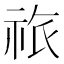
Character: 祣